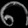
Digit: ၈